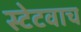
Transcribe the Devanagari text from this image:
स्टेटवाच